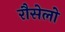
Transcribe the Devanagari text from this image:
रौसेलो